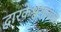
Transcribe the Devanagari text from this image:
द्वारकेश्वराजवळ